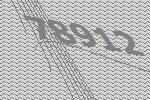
78912